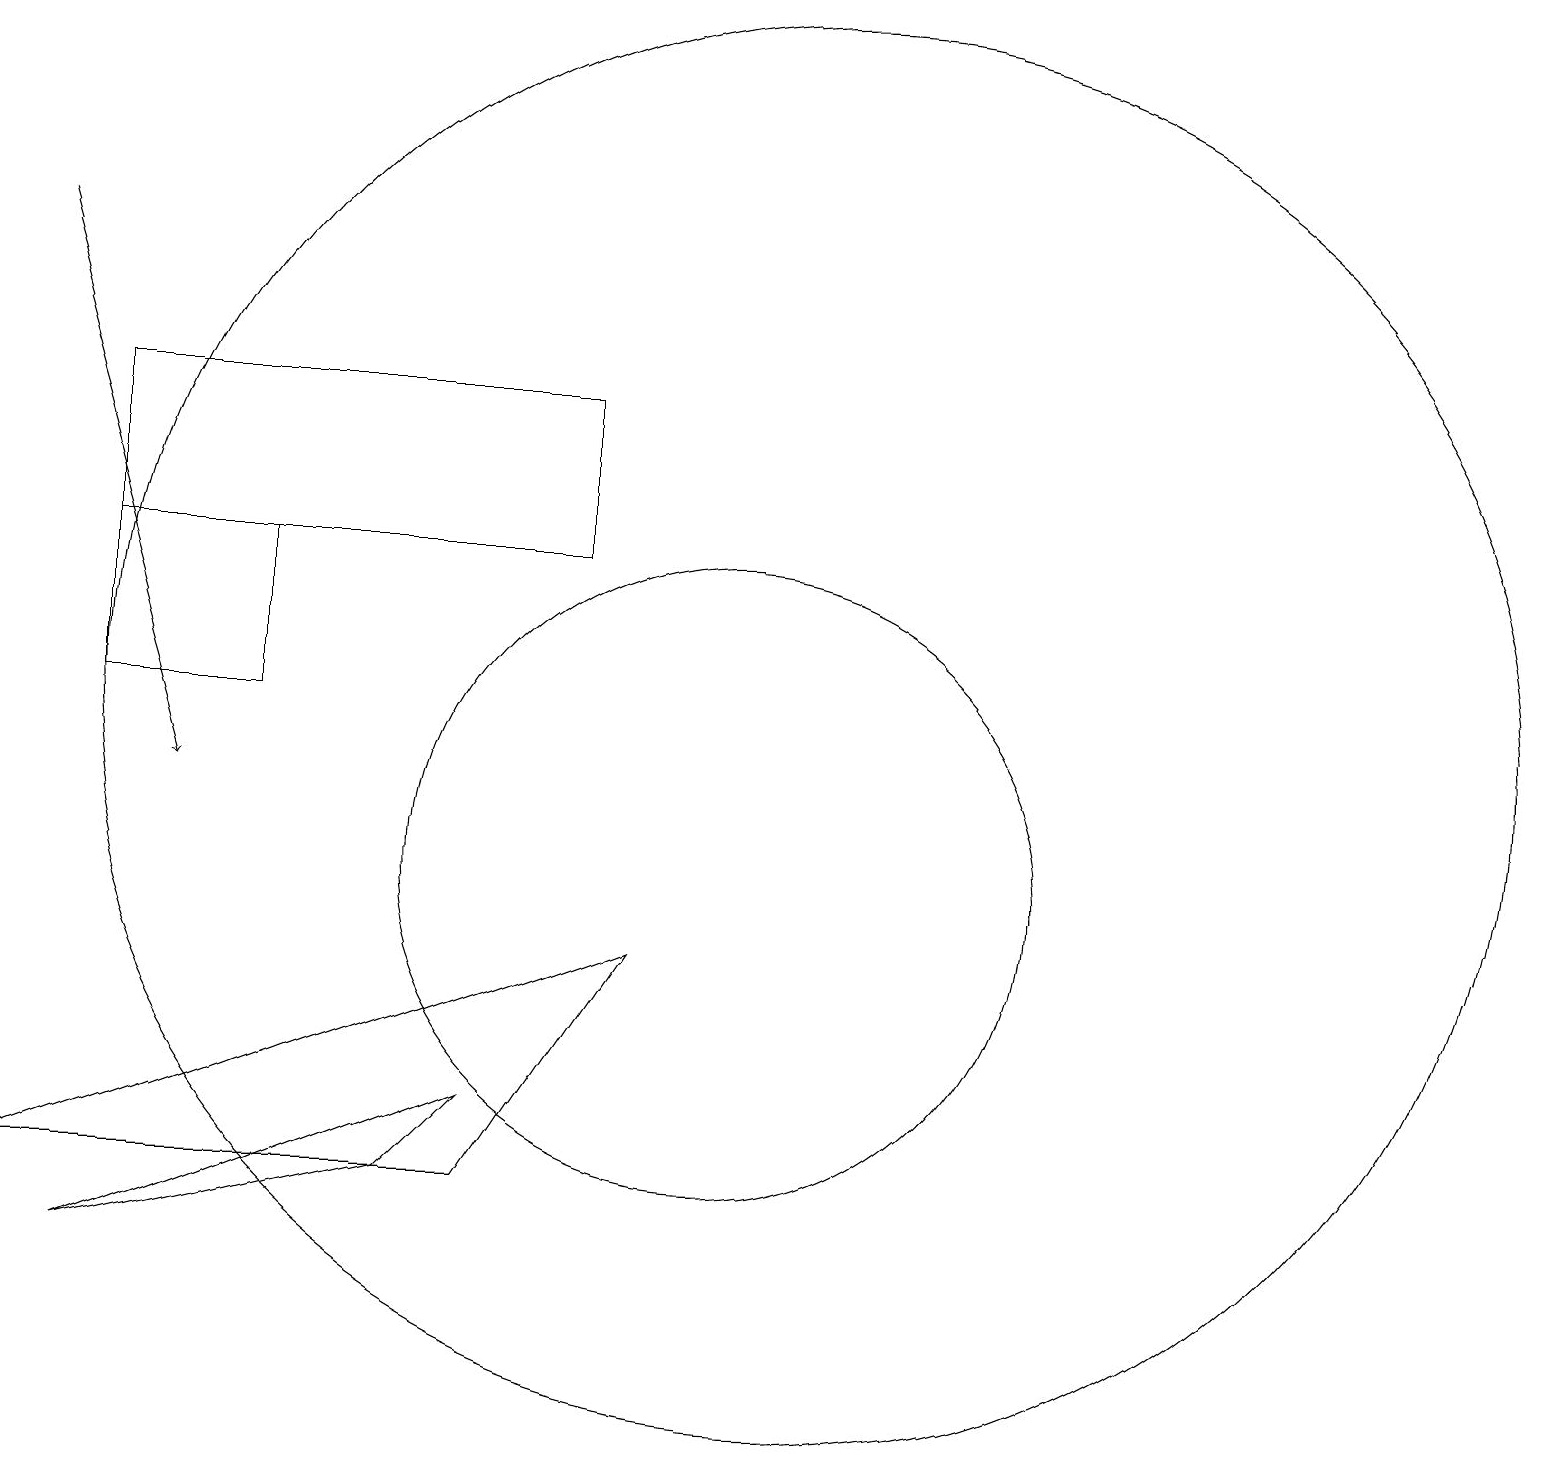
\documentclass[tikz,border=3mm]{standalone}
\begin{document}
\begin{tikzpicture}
\draw (8,14) rectangle (2,16);
\draw (11,11) circle (0);
\draw (11,12) circle (9);
\draw (4,12) rectangle (2,14);
\draw (1,6) -- (7,6) -- (9,9) -- cycle;
\draw[->] (1,18) -- (3,11);
\draw (10,10) circle (4);
\draw (7,7) -- (2,5) -- (6,6) -- cycle;
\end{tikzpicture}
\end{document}